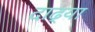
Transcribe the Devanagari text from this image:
दाढ्या